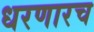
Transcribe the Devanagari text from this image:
धरणारच